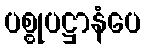
ပစ္စုပဋ္ဌာနံပေ